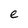
Character: e